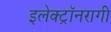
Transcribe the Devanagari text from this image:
इलेक्ट्रॉनरागी